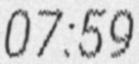
07:59